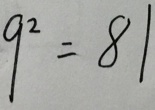
9 ^ { 2 } = 8 1